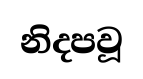
නිදපවූ